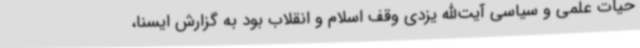
حیات علمی و سیاسی آیت‌الله یزدی وقف اسلام و انقلاب بود به گزارش ایسنا،